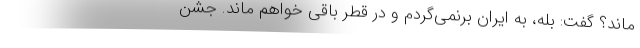
ماند؟ گفت: بله، به ایران برنمی‌گردم و در قطر باقی خواهم ماند. جشن